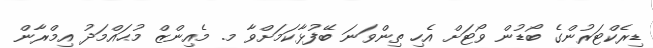
ޑިރެކްޓަރުންގެ ބޯޑުން ވޯޓަށް އެހި ތިންވަނަ ބޭފުޅާކަމަށްވާ މ. މެއިންޒް މުޙައްމަދު އިމްރާން